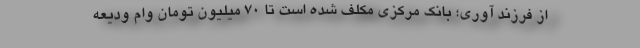
از فرزند آوری؛ بانک مرکزی مکلف شده است تا ۷۰ میلیون تومان وام ودیعه